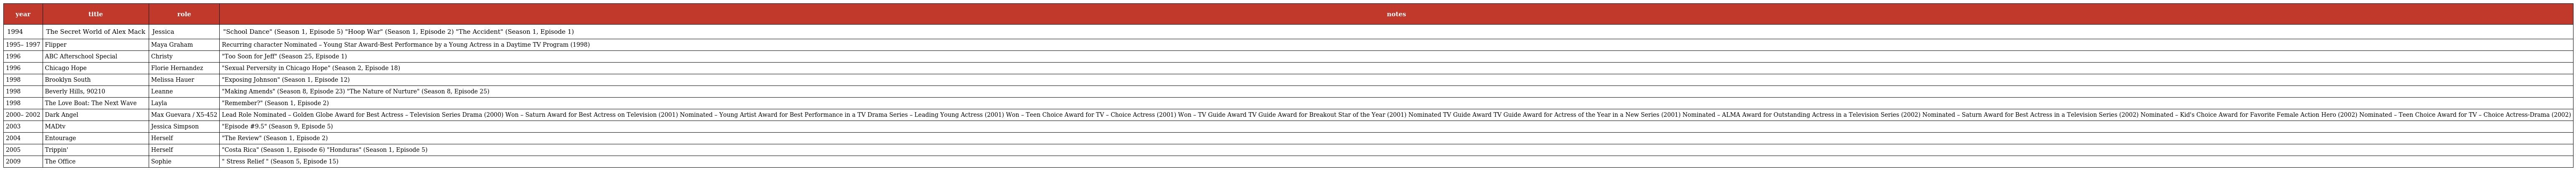
| year | title | role | notes |
 | --- | --- | --- | --- |
 | 1994 | The Secret World of Alex Mack | Jessica | "School Dance" (Season 1, Episode 5) "Hoop War" (Season 1, Episode 2) "The Accident" (Season 1, Episode 1) |
 | 1995– 1997 | Flipper | Maya Graham | Recurring character Nominated – Young Star Award-Best Performance by a Young Actress in a Daytime TV Program (1998) |
 | 1996 | ABC Afterschool Special | Christy | "Too Soon for Jeff" (Season 25, Episode 1) |
 | 1996 | Chicago Hope | Florie Hernandez | "Sexual Perversity in Chicago Hope" (Season 2, Episode 18) |
 | 1998 | Brooklyn South | Melissa Hauer | "Exposing Johnson" (Season 1, Episode 12) |
 | 1998 | Beverly Hills, 90210 | Leanne | "Making Amends" (Season 8, Episode 23) "The Nature of Nurture" (Season 8, Episode 25) |
 | 1998 | The Love Boat: The Next Wave | Layla | "Remember?" (Season 1, Episode 2) |
 | 2000– 2002 | Dark Angel | Max Guevara / X5-452 | Lead Role Nominated – Golden Globe Award for Best Actress – Television Series Drama (2000) Won – Saturn Award for Best Actress on Television (2001) Nominated – Young Artist Award for Best Performance in a TV Drama Series – Leading Young Actress (2001) Won – Teen Choice Award for TV – Choice Actress (2001) Won – TV Guide Award TV Guide Award for Breakout Star of the Year (2001) Nominated TV Guide Award TV Guide Award for Actress of the Year in a New Series (2001) Nominated – ALMA Award for Outstanding Actress in a Television Series (2002) Nominated – Saturn Award for Best Actress in a Television Series (2002) Nominated – Kid's Choice Award for Favorite Female Action Hero (2002) Nominated – Teen Choice Award for TV – Choice Actress-Drama (2002) |
 | 2003 | MADtv | Jessica Simpson | "Episode #9.5" (Season 9, Episode 5) |
 | 2004 | Entourage | Herself | "The Review" (Season 1, Episode 2) |
 | 2005 | Trippin' | Herself | "Costa Rica" (Season 1, Episode 6) "Honduras" (Season 1, Episode 5) |
 | 2009 | The Office | Sophie | " Stress Relief " (Season 5, Episode 15) |